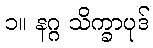
၁။ နဂ္ဂ သိက္ခာပုဒ်